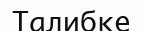
Талибке